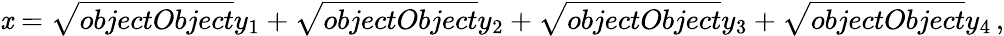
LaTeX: \mathit{x}={\sqrt{{{objectObject}}}{{y_{1}}}}+{\sqrt{{{objectObject}}}{{y_{2}}}}+{\sqrt{{{objectObject}}}{{y_{3}}}}+{\sqrt{{{objectObject}}}{{y_{4}}}}\, ,